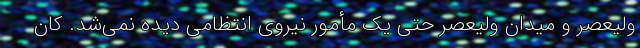
ولیعصر و میدان ولیعصر حتی یک مأمور نیروی انتظامی دیده نمی‌شد. کان